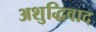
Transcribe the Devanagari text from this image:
अशुद्धिवाद